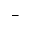
^ -